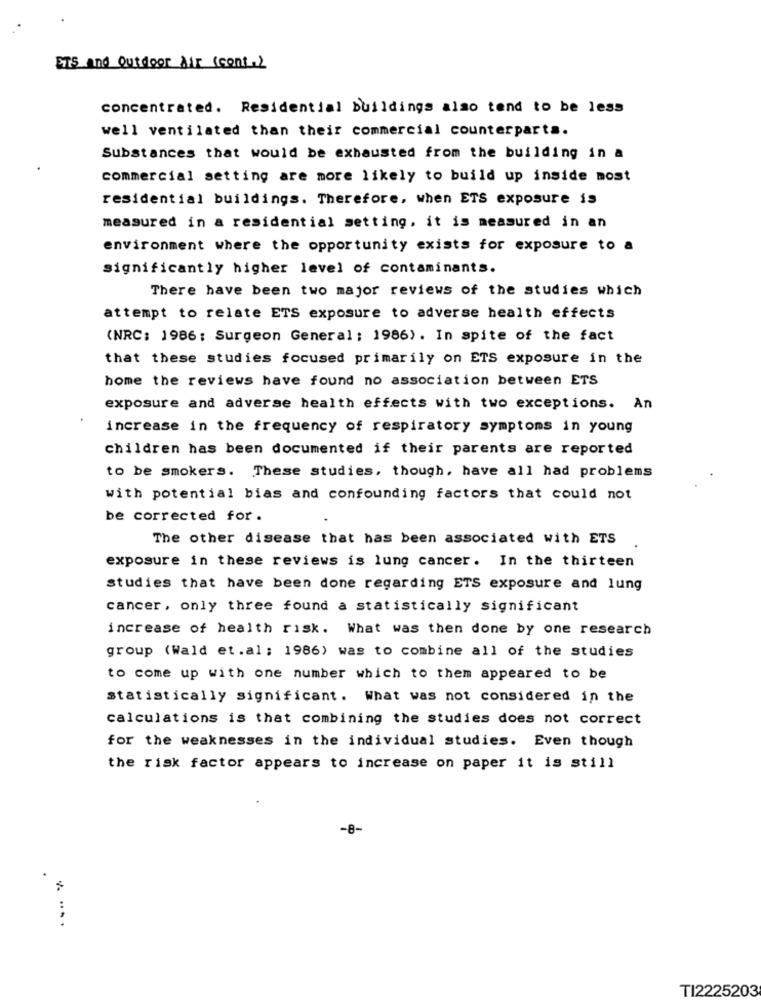
ETS and outdoor Air (cont.)
concentrated. Residential buildings also tend to be less
well ventilated than their commercial counterparts.
Substances that would be exhausted from the building in a
commercial setting are more likely to build up inside most
residential buildings. Therefore, when ETS exposure is
measured in a residential setting, it is measured in an
environment where the opportunity exists for exposure to a
significantly higher level of contaminants.
There have been two major reviews of the studies which
attempt to relate ETS exposure to adverse health effects
(NRC: 1986; Surgeon General : 1986). In spite of the fact
that these studies focused primarily on ETS exposure in the
home the reviews have found no association between ETS
exposure and adverse health effects with two exceptions. An
increase in the frequency of respiratory symptoms in young
children has been documented if their parents are reported
to be smokers. These studies, though, have all had problems
with potential bias and confounding factors that could not
be corrected for .
The other disease that has been associated with ETS
exposure in these reviews is lung cancer. In the thirteen
studies that have been done regarding ETS exposure and lung
cancer, only three found a statistically significant
increase of health risk. What was then done by one research
group (Wald et.al; 1986) was to combine all of the studies
to come up with one number which to them appeared to be
statistically significant. What was not considered in the
calculations is that combining the studies does not correct
for the weaknesses in the individual studies. Even though
the risk factor appears to increase on paper it is still
-8-
TI2225203